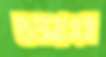
ওড়নাসহ